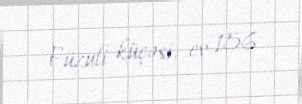
Füzuli küçəsi, ev 156